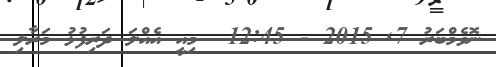
ނޮވެމްބަރު 7